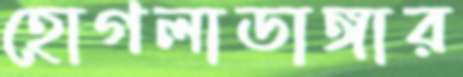
হোগলাডাঙ্গার